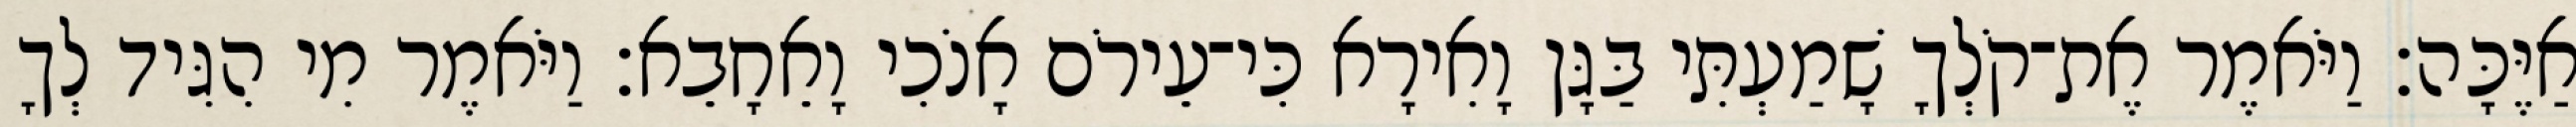
אַיֶּכָּה׃ וַיֹּאמֶר אֶת־קֹלְךָ שָׁמַעְתִּי בַּגָּן וָאִירָא כִּי־עֵירֹם אָנֹכִי וָאֵחָבֵא׃ וַיֹּאמֶר מִי הִגִּיד לְךָ